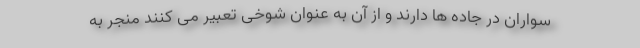
سواران در جاده ها دارند و از آن به عنوان شوخی تعبیر می کنند منجر به